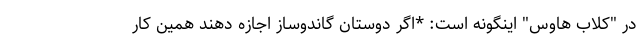
در "کلاب هاوس" اینگونه است: *اگر دوستان گاندوساز اجازه دهند همین کار